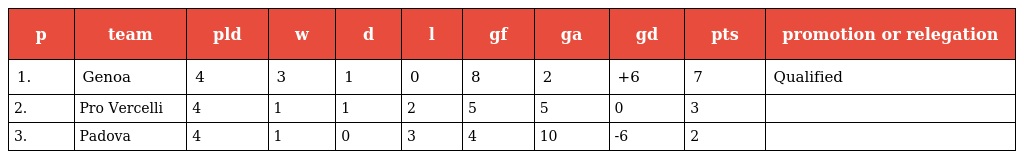
| p | team | pld | w | d | l | gf | ga | gd | pts | promotion or relegation |
 | --- | --- | --- | --- | --- | --- | --- | --- | --- | --- | --- |
 | 1. | Genoa | 4 | 3 | 1 | 0 | 8 | 2 | +6 | 7 | Qualified |
 | 2. | Pro Vercelli | 4 | 1 | 1 | 2 | 5 | 5 | 0 | 3 |  |
 | 3. | Padova | 4 | 1 | 0 | 3 | 4 | 10 | -6 | 2 |  |